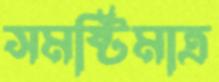
সমষ্টিমাত্র